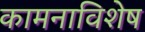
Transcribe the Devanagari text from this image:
कामनाविशेष